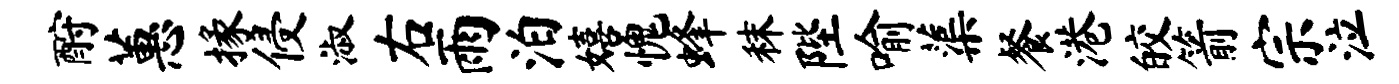
酹蕙掾侵淑右雨泊嬉愧蜂秣陛喻蕖餐港皎箭宗泣